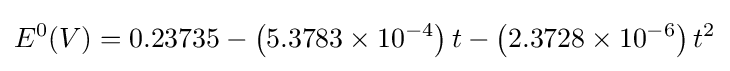
E^{0}(V)=0.23735-\left(5.3783\times 10^{-4}\right)t-\left(2.3728\times 10^{-6}\right)t^{2}